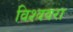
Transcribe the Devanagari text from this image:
विश्ववरा